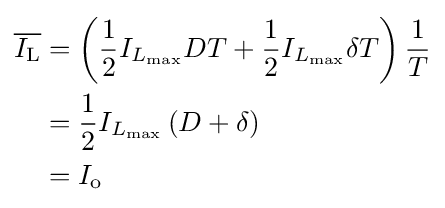
{\begin{aligned}{\overline {I_{\text{L}}}}&=\left({\frac {1}{2}}I_{L_{\text{max}}}DT+{\frac {1}{2}}I_{L_{\text{max}}}\delta T\right){\frac {1}{T}}\\&={\frac {1}{2}}I_{L_{\text{max}}}\left(D+\delta \right)\\&=I_{\text{o}}\end{aligned}}